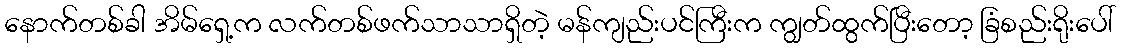
နောက်တစ်ခါ အိမ်ရှေ့က လက်တစ်ဖက်သာသာရှိတဲ့ မန်ကျည်းပင်ကြီးက ကျွတ်ထွက်ပြီးတော့ ခြံစည်းရိုးပေါ်